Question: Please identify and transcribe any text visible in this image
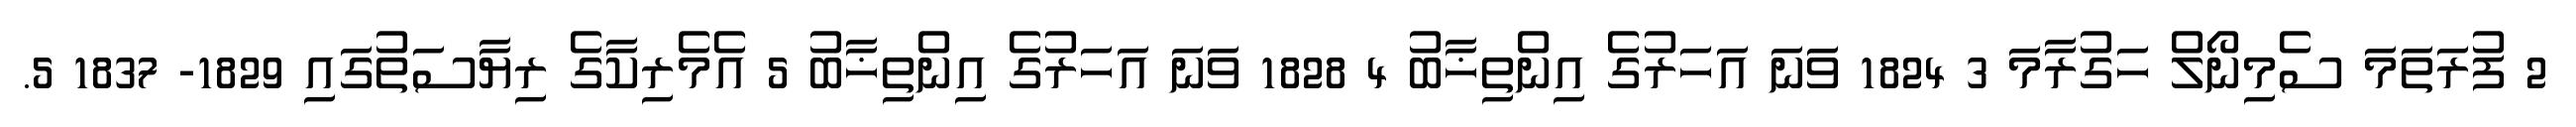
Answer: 2 ފުރަތަމަ ސެމިނޯލް ހަގުރާމަ 3 1824 ވަނަ އަހަރުގެ އިންތިޚާބު 4 1828 ވަނަ އަހަރުގެ އިންތިޚާބު 5 އެމެރިކާގެ ރިޔާސަތުގައި 1829- 1837 5.